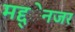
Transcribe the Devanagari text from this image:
मद्द्ेनजर